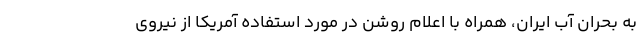
به بحران آب ایران، همراه با اعلام روشن در مورد استفاده آمریکا از نیروی